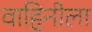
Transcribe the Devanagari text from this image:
वाहिनीला